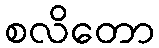
စလိတော